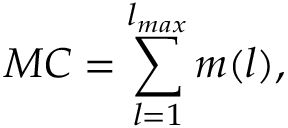
M C = \sum _ { l = 1 } ^ { l _ { m a x } } m ( l ) ,